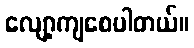
လျော့ကျစေပါတယ်။